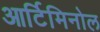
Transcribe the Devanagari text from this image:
आर्टिमिनोल